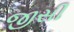
જીસી